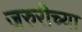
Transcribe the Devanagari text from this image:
जरुरीच्या